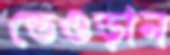
তেওড়ান